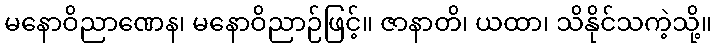
မနောဝိညာဏေန၊ မနောဝိညာဉ်ဖြင့်။ ဇာနာတိ၊ ယထာ၊ သိနိုင်သကဲ့သို့။